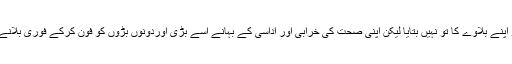
اس نے چھوٹی کو اپنے بلاوے کا تو نہیں بتایا لیکن اپنی صحت کی خرابی اور اداسی کے بہانے اسے بڑی اوردونوں بڑوں کو فون کرکے فوری بلانے پر اصرارکیا تھا۔